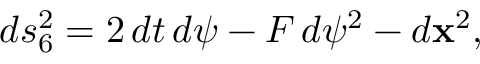
d s _ { 6 } ^ { 2 } = 2 \, d t \, d \psi - F \, d \psi ^ { 2 } - d { \bf x } ^ { 2 } ,